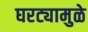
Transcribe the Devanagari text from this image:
घरट्यामुळे